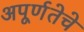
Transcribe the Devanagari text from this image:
अपूर्णतेचे